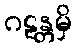
ဂဠန္တမှိ